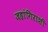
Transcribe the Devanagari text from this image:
जहांगिराशी